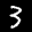
Label: 3